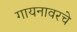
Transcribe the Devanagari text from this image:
गायनावरचे